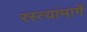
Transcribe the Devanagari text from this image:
रस्त्यांमार्गे